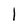
Character: 1